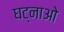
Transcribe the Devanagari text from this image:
घट्नाओ